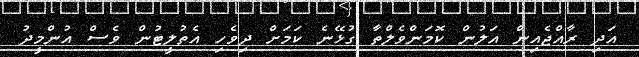
އަދި ރާއްޖެއިން އަލުން ކޮމަންވެލްތާ ގުޅޭނެ ކަމަށް ދިވެހި އެތުލީޓުން ވެސް އުންމީދު